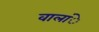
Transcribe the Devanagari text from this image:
वालांे